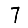
Digit: 7